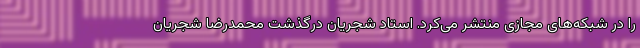
را در شبکه‌های مجازی منتشر می‌کرد. استاد شجریان درگذشت محمدرضا شجریان